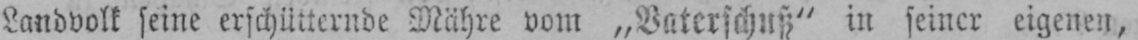
in seiner eigenen,